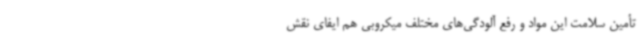
تأمین سلامت این مواد و رفع آلودگی‌های مختلف میکروبی هم ایفای نقش